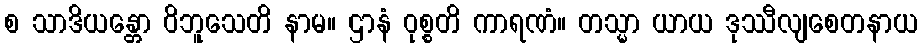
စ သာဒိယန္တော ဝိဘူသေတိ နာမ။ ဌာနံ ဝုစ္စတိ ကာရဏံ။ တသ္မာ ယာယ ဒုဿီလျစေတနာယ